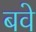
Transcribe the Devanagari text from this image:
बवे